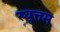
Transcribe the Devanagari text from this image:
रघूत्तम